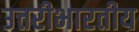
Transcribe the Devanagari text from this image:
उत्तरीभारतीय